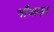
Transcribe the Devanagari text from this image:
भौआड़ा